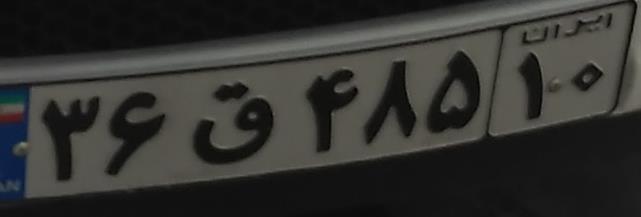
۳۶ق۴۸۵۱۰